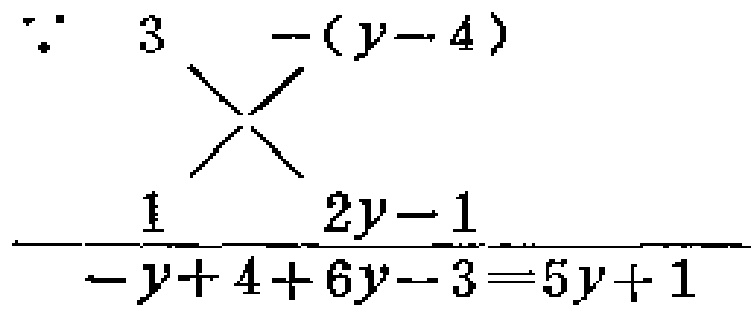
\(\because 3\times\begin{array}{c}-(y - 4)\\ \\ \hline 1\ \ \ \ \ \ 2y - 1\\-y + 4+6y - 3=5y + 1\end{array}\)